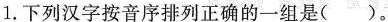
1.下列汉字按音序排列正确的一组是( )。